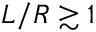
L / R \gtrsim 1